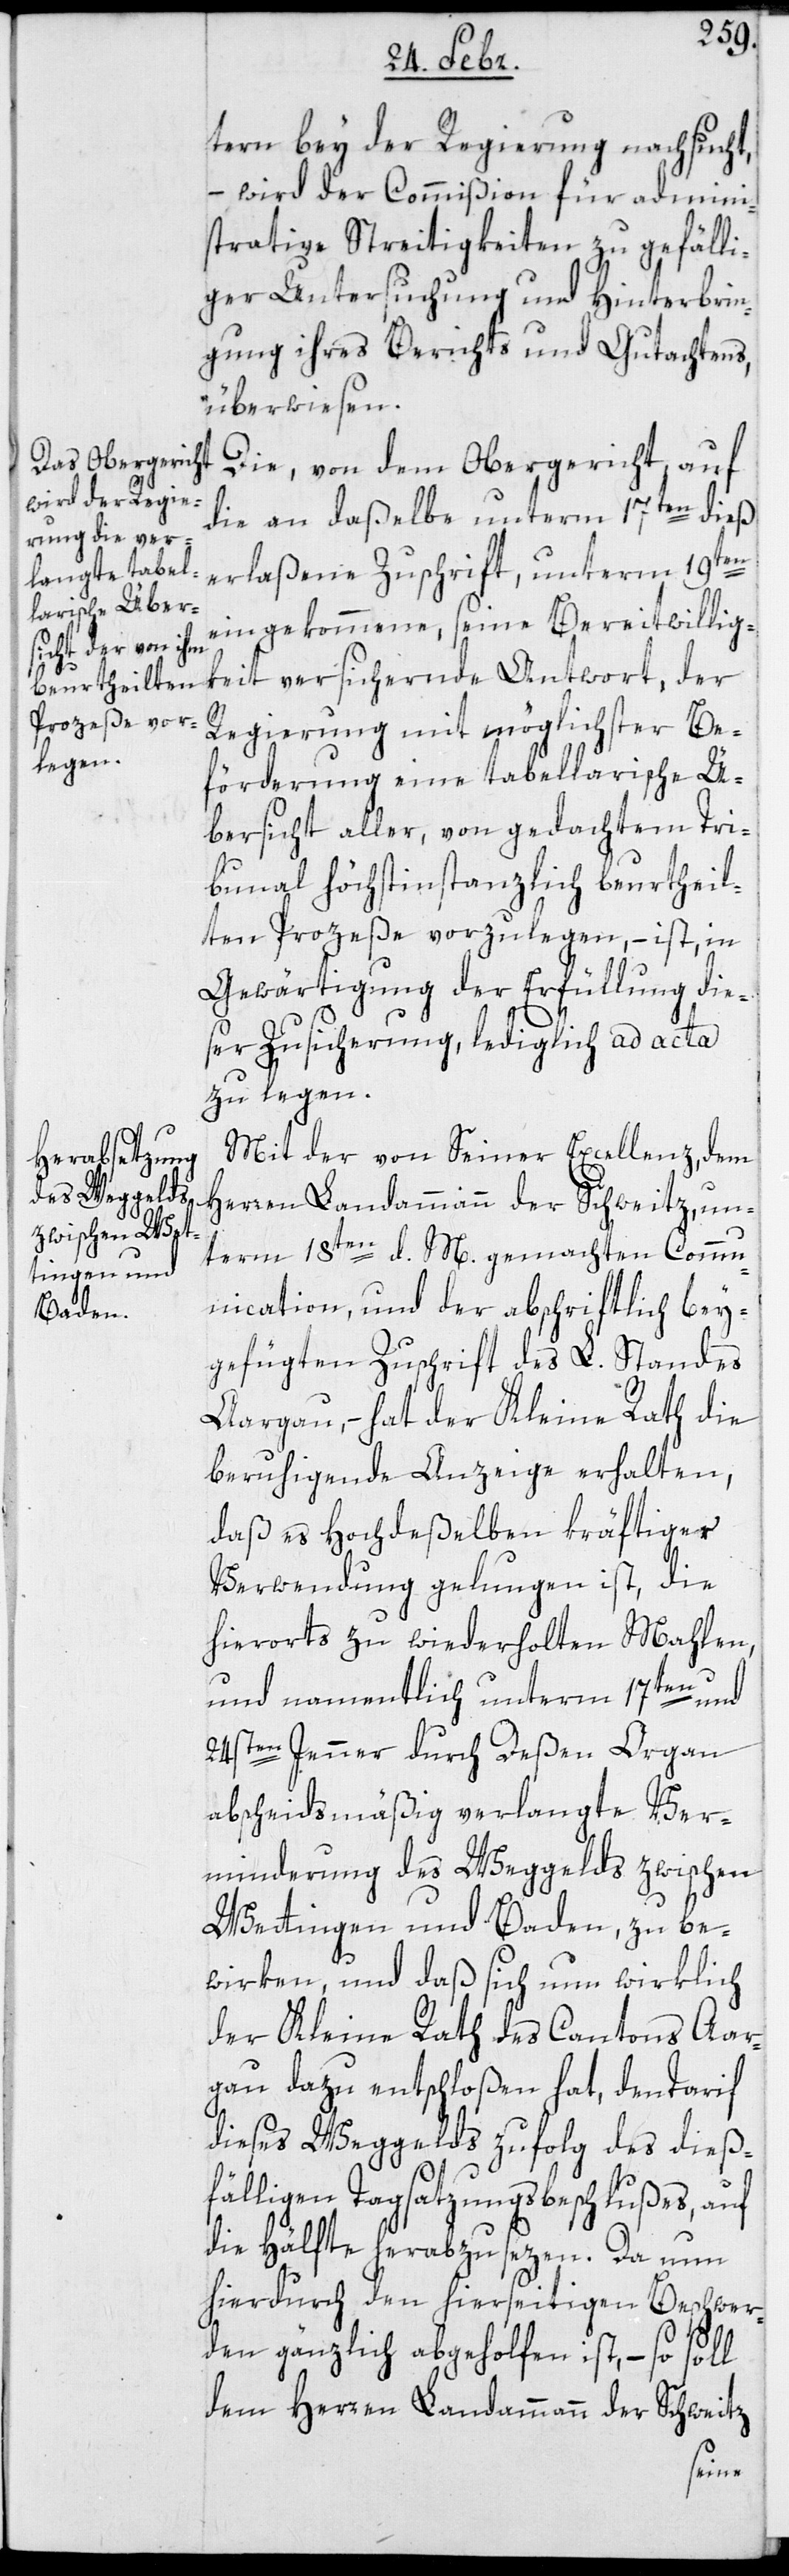
tern bey der Regierung nachgesucht,
wird der Commißion für admini¬
strative Streitigkeiten zu gefälli¬
ger Untersuchung und Hinterbrin¬
gung ihres Berichts und Gutachtens,
überwiesen.
Die von dem Obergericht auf
die an daßelbe unterm 17ten dieß
erlaßene Zuschrift, unterm 19ten
eingekommene, seine Bereitwillig¬
keit versichernde Antwort, der
Regierung mit möglichster Be¬
förderung eine tabellarische Ü¬
bersicht aller, von gedachtem Tri¬
bunal höchstinstanzlich beurtheil¬
ten Prozeße vorzulegen, – ist in
Gewärtigung der Erfüllung die¬
ser Zusicherung, lediglich ad acta
zu legen.
Mit der von Seiner Excellenz, dem
Herren Landammann der Schweitz, un¬
term 18ten d. M[es] gemachten Comm¬
unication, und der abschriftlich bey¬
gefügten Zuschrift des L. Standes
Aargau, – hat der Kleine Rath die
beruhigende Anzeige erhalten,
daß es hochdeßelben kräftiger
Verwendung gelungen ist, die
hierorts zu wiederholten Mahlen
und namentlich unterm 17ten und
24sten Jenner durch deßen Organ
abscheidsmäßig verlangte Ver¬
minderung des Weggelds zwischen
Wettingen und Baden, zu be¬
wirken, und daß sich nun wirklich
der Kleine Rath des Cantons Aar¬
gau dazu entschloßen hat, den Tarif
dieses Weggelds zufolg des dieß¬
fälligen Tagsatzungsbeschlußes, auf
die Hälfte herabzusetzen. Da nun
hierdurch den hierseitigen Beschwer¬
den gänzlich abgeholfen ist, – so soll
dem Herren Landammann der Schweitz